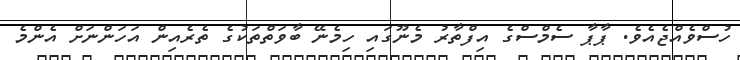
ހުސްވެއްޖެއެެވެ. ޕާޕާ ސެމްސްގެ އިފްތާރު މެނޫގައި ހިމެނޭ ބާވަތްތަކުގެ ތެރެއިން އަހަންނަށް އެންމެ